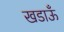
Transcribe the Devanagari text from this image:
खडाऊँ